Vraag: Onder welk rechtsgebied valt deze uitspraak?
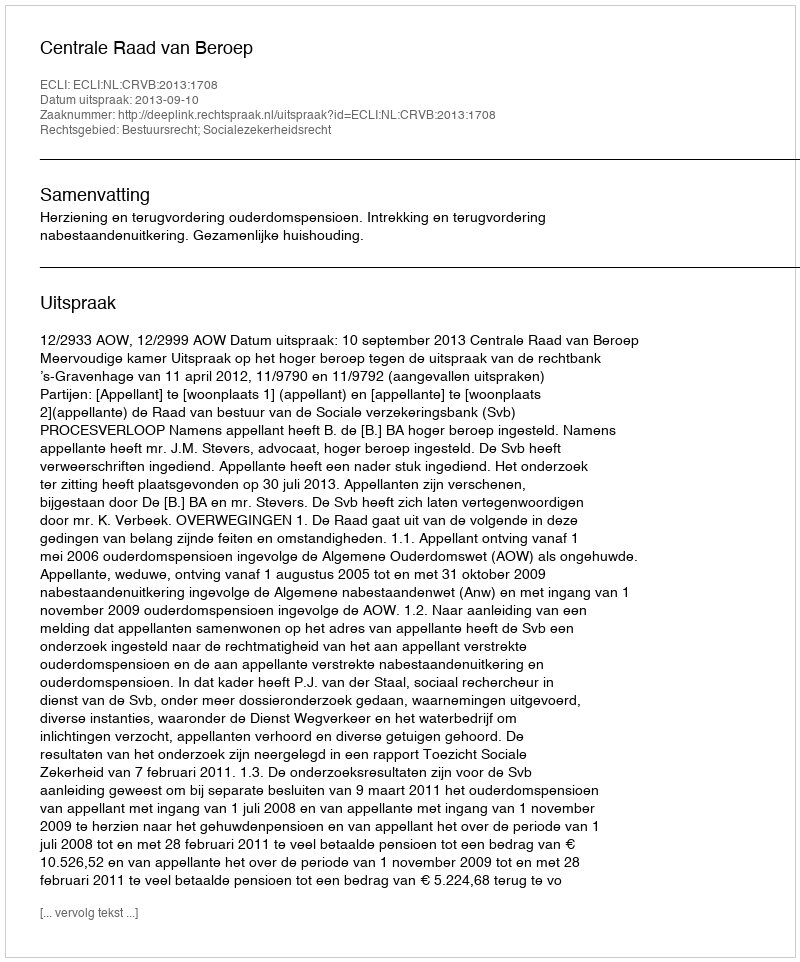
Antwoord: Bestuursrecht; Socialezekerheidsrecht